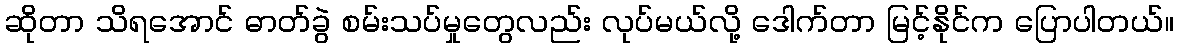
ဆိုတာ သိရအောင် ဓာတ်ခွဲ စမ်းသပ်မှုတွေလည်း လုပ်မယ်လို့ ဒေါက်တာ မြင့်နိုင်က ပြောပါတယ်။